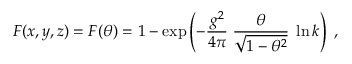
F ( x , y , z ) = F ( \theta ) = 1 - \exp \left( - \frac { g ^ { 2 } } { 4 \pi } \; \frac { \theta } { \sqrt { 1 - \theta ^ { 2 } } } \; \ln k \right) \; ,